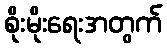
စိုးမိုးရေးအတွက်